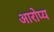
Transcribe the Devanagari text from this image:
आरोप्य